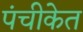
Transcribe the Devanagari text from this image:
पंचीकेत